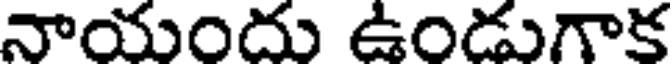
నాయందు ఉండుగాక